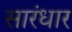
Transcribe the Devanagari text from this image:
सारंधार